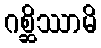
ဂစ္ဆိဿာမိ